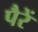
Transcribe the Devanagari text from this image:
पैरें